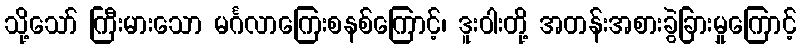
သို့သော် ကြီးမားသော မင်္ဂလာကြေးစနစ်ကြောင့်၊ ဒူးဝါးတို့ အတန်းအစားခွဲခြားမှုကြောင့်